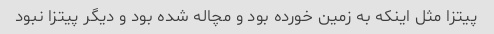
پیتزا مثل اینکه به زمین خورده بود و مچاله شده بود و دیگر پیتزا نبود